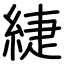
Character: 緁